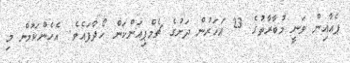
ޕެއާއިން ވަނީ މުބާރާތުގެ 23 އަހަރުން ދަށުގެ ޗެމްޕިއަންކަން ހޯދާފައެވެ. އެހެންކަމުން މި